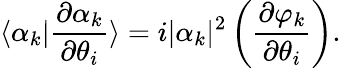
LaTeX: \langle\alpha_{k}|\frac{\partial\alpha_{k}}{\partial\theta_{i}}\rangle=i|\alpha_{k}|^{2}\left(\frac{\partial\varphi_{k}}{\partial\theta_{i}}\right).